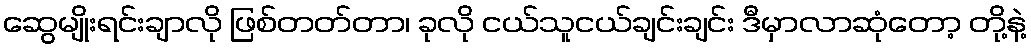
ဆွေမျိုးရင်းချာလို ဖြစ်တတ်တာ၊ ခုလို ငယ်သူငယ်ချင်းချင်း ဒီမှာလာဆုံတော့ တို့နဲ့